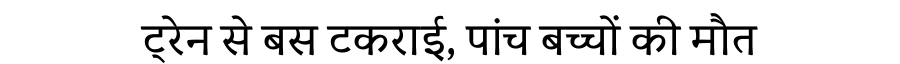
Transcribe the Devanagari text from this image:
ट्रेन से बस टकराई, पांच बच्चों की मौत